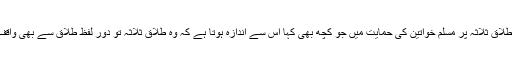
مودی نے طلاق ثلاثہ پر مسلم خواتین کی حمایت میں جو کچھ بھی کہا اس سے اندازہ ہوتا ہے کہ وہ طلاق ثلاثہ تو دور لفظ طلاق سے بھی واقف نہیں ہیں ۔